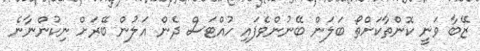
ޒޭބާ ވަނީ ކޮންތާކަށްތޯ ބަލަން ބޭނުންވެފައި ހުއްޓަސް ދެން އަލުން ބޭރަށް ނިކުންނާނެ